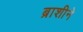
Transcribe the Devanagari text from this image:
ब्राशीने